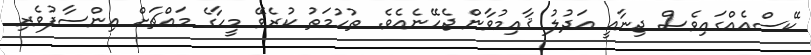
ކޭސްއެއްގައިވެސް ޖިނާއީ އަދުލު ޤާއިމުވާން ޖެހޭނެއެވެ. ތުހުމަތު ކުރެވޭ މީހާގެ މައްޗަށް އިންސާފުވެރި